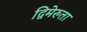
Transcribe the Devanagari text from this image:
द्विमेरुता